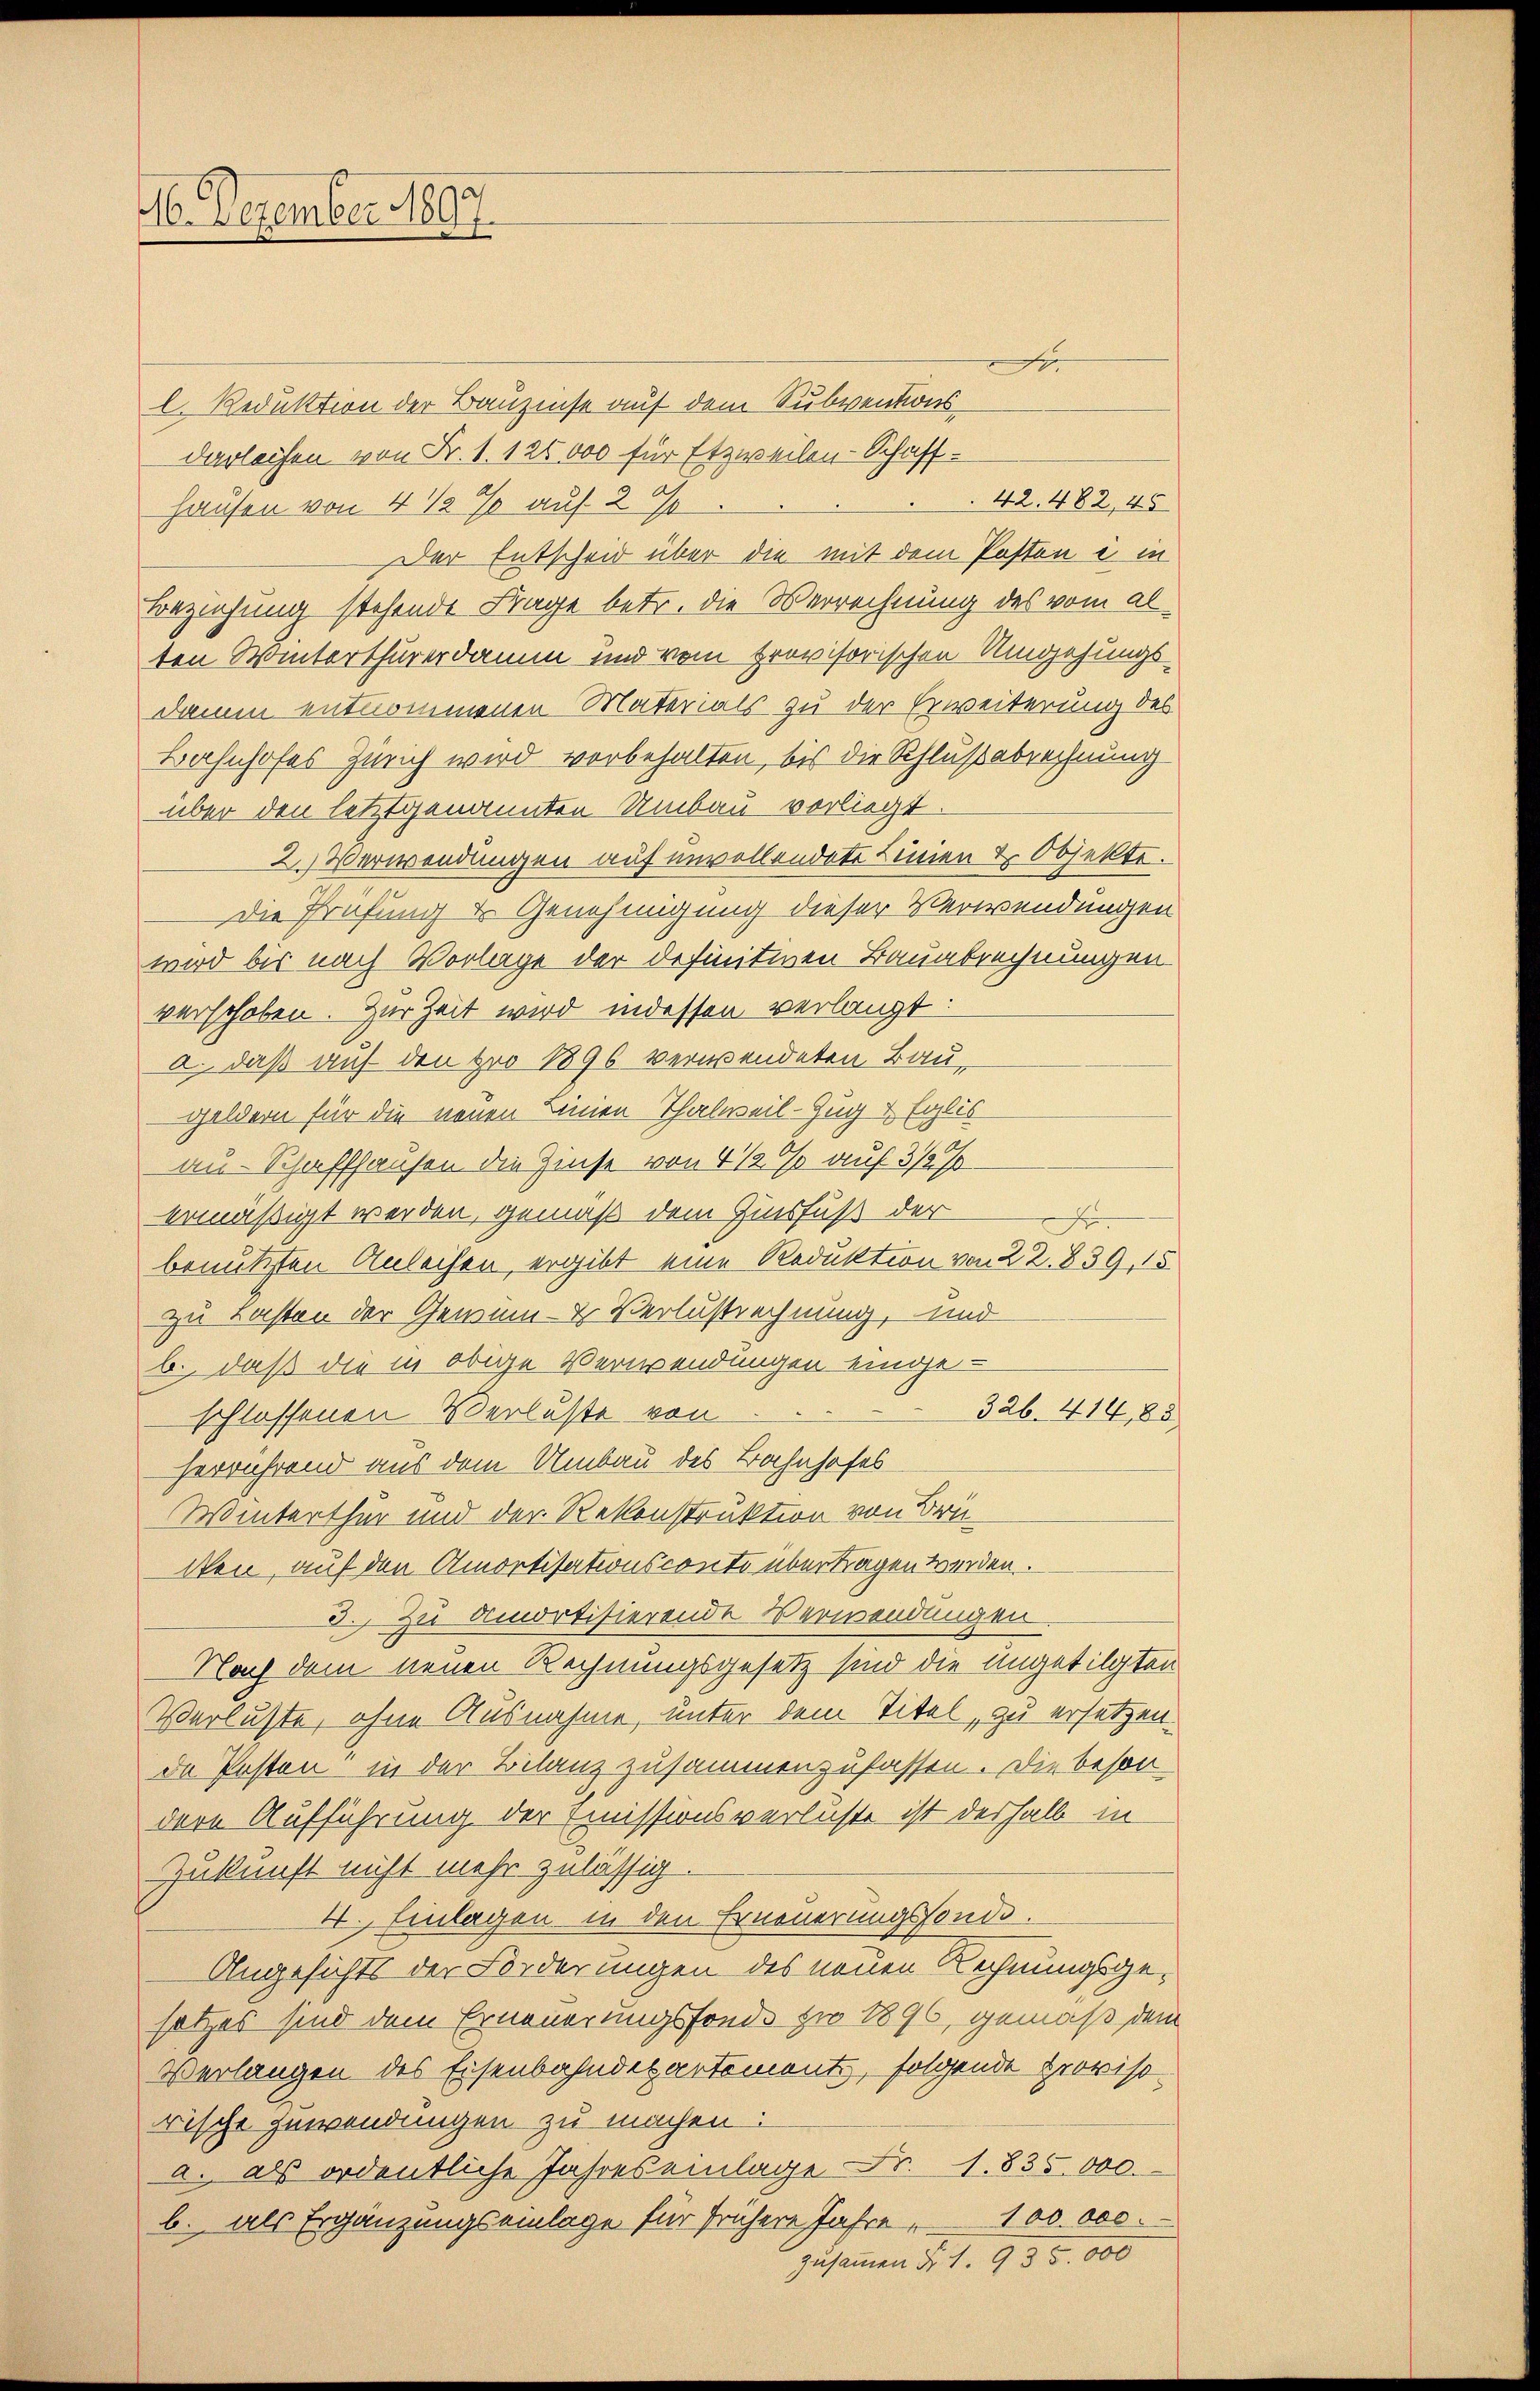
96. Dezember 1890.

l. Reduktion der Bauzinse auf dem Subventions
darleihen von Fr. 1. 120000 für Etzweilen-Schaff¬
Hausen von 4 ½ % auf 2 %
Der Entscheid über die mit dem Posten e in
Beziehung stehende Frage betr. die Verrechnung des vom alten Winterthurerdamm und vom provisorischen Umgehungs-
Damm entnommenen Materials zu der Erweiterung des
Bahnhofes Zürich wird vorbehalten, bis die Schlußabrechnung
über den letztgenannten Umbau vorliegt.
2. Verwendungen auf unvollendete Linien & Objekte.
Die Prüfung & Genehmigung dieser Verwendungen
wird bis nach Vorlage der definitiven Bauabrechnungen
verschoben. Zur Zeit wird indessen verlangt:
a. daß auf den pro 1896 verwendeten Bau
Geldern für die neuen Linien Thalweil-Zug & Eglis
au-Schaffhausen die Zinse von 4 1/2 % auf 3 1/2 %
ermäßigt werden, gemäß dem Zinsfuß der
.
benutzten Anleihen, ergibt eine Reduktion von 22. 839, 15
zu Lasten der Gemein- & Verlustrechnung, und
b., daß die in obige Verwendungen eingeschlossenen Verluste von
326. 414, 85
herrührend aus dem Umbau des Bahnhofes
Winterthur und der Rekonstruktion von Brielen, auf den Amortisationsconto übertragen werden.
3. Zu Amortisierende Verwendungen.
Nach dem neuen Rechnungsgesetz sind die ungetilgten
Verluste, ohne Ausnahme, unter dem Titel, zu ersetzen.
da Posten“ in der Bilanz zusammenzufassen. Die beson-
dere Aufführung der Emissionsverluste ist deshalb in
Zukunft nicht mehr zulässig.
4. Einlagen in den Erneuerungsfonde.
Angesichts der Forderungen des neuen Rechnungsgesetzes sind dem Erneuerungsfonde zu 1896, gemäß dem
Verlangen des Eisenbahndepartement, folgende Provisorische gewendungen zu machen:
a. als ordentliche Jahres einlage Fr. 1835.000.
b. als Ergänzungseinlage für frühere Jahre 100 000.

e

42. 482, 45

zusammen d. 1. 935.000